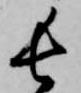
長